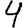
Digit: 4